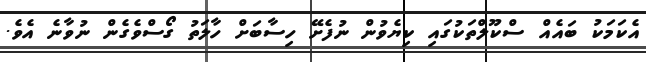
އެކަމަކު ބައެއް ސްކޫލްތަކުގައި ކިޔެވުން ނުފެށޭ ހިސާބަށް ހާލަތު ގޯސްވެގެން ނުވާނެ އެވެ.